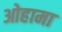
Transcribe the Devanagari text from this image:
ओहामा